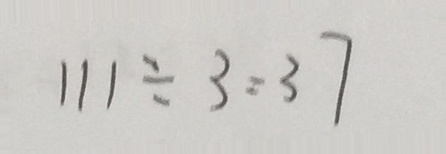
1 1 1 \div 3 = 3 7